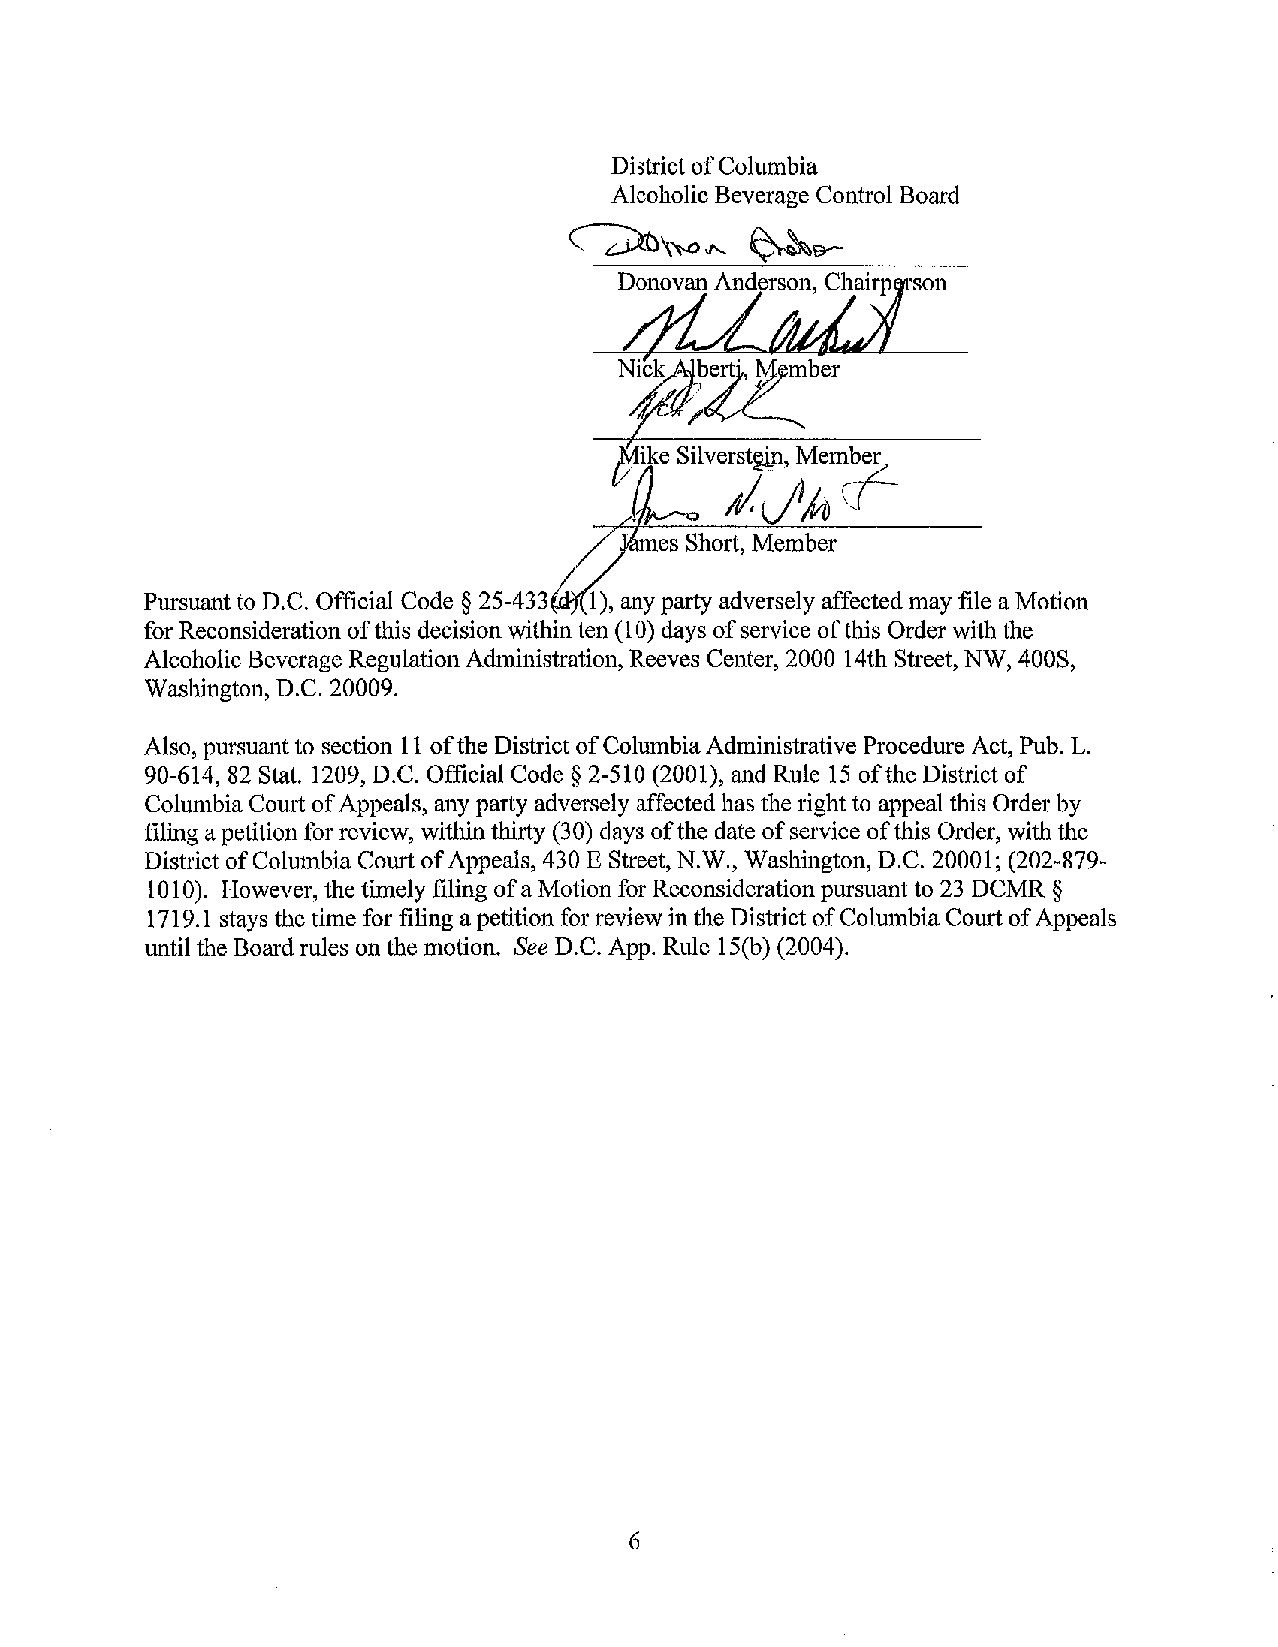
ike Silverstein, Member
 /JJto
 C{-
 es Short, Member
 Pursuant to D.C. Official Code § 25-433 1), any party adversely affected may file a Motion
 for Reconsideration of this decision within ten (10) days of service of this Order with the
 Alcoholic Beverage Regulation Administration, Reeves Center, 2000 14th Street, NW, 400S,
 Washington, D.C. 20009.
 Also, pursuant to section 11 of the District of Columbia Administrative Procedure Act, Pub. L.
 90-614,82 Stat. 1209, D.C. Official Code § 2-510 (2001), and Rule 15 of the District of
 Columbia Court of Appeals, any party adversely affected has the right to appeal this Order by
 filing a petition for review, within thirty (30) days of the date of service of this Order, with the
 District of Columbia Court of Appeals, 430 E Street, N.W., Washington, D.C. 20001; (202-879-
 1010). However, the timely filing of a Motion for Reconsideration pursuant to 23 DCMR §
 1719.1 stays the time for filing a petition for review in the District of Columbia Court of Appeals
 until the Board rules on the motion. See D.C. App. Rule 15(b) (2004).
 6